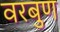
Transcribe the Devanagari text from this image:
वरबुण